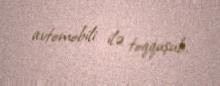
avtomobili ilə toqquşub.